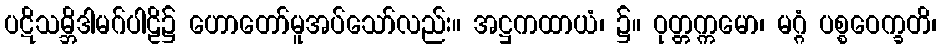
ပဋိသမ္ဘိဒါမဂ်ပါဠိ၌ ဟောတော်မူအပ်သော်လည်း။ အဋ္ဌကထာယံ၊ ၌။ ဝုတ္တက္ကမော၊ မဂ္ဂံ ပစ္စဝေက္ခတိ၊